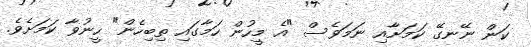
ކަން ނޭނގޭ ކަމަށާއި ނަމަވެސް "އެ މީހުން ހަމާގައި ތިބިހެން" ހީނުވާ ކަމަށެވެ.